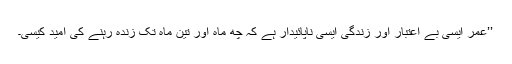
’’عمر ایسی بے اعتبار اور زندگی ایسی ناپائیدار ہے کہ چھ ماہ اور تین ماہ تک زندہ رہنے کی امید کیسی۔